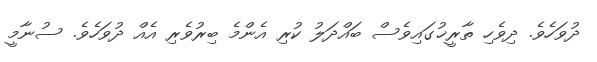
ދުވަހެވެ. ދިވެހި ތާރީޚުގައިވެސް ބައްދަލު ކުރި އެންމެ ބިރުވެރި އެއް ދުވަހެވެ. ސުނާމީ